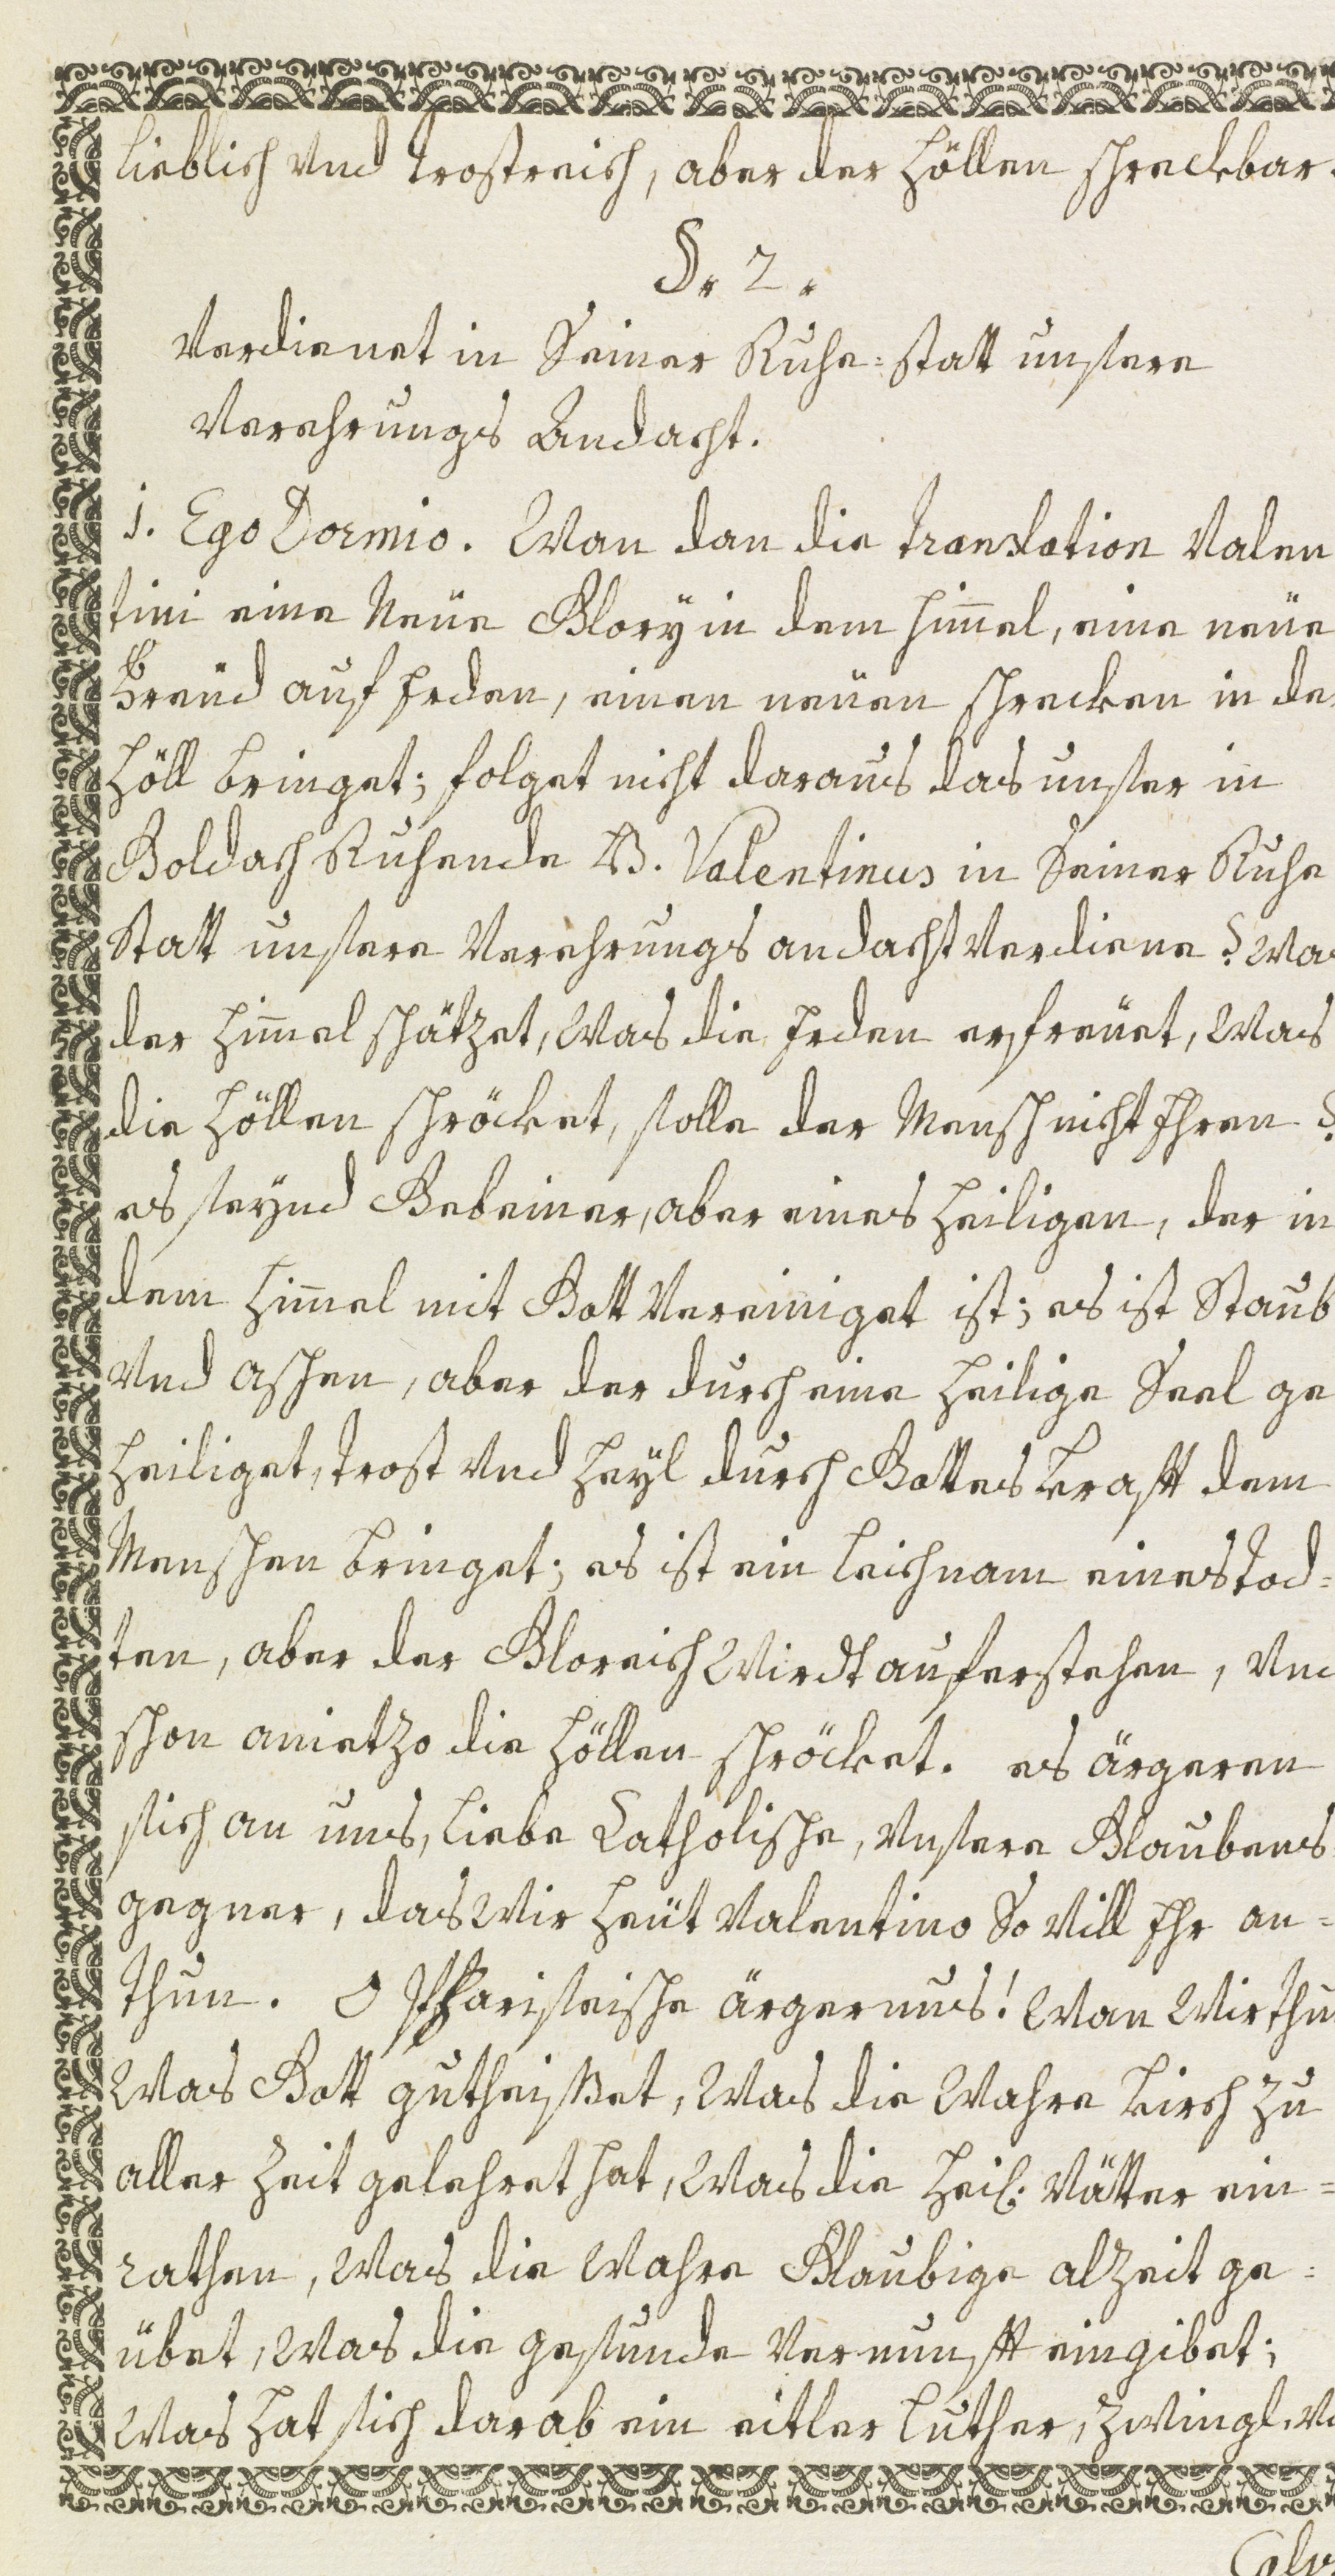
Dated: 1600–1699